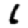
Digit: 6